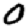
Digit: 0